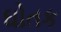
ઘોતક